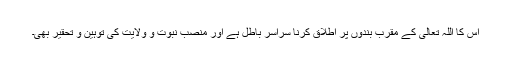
اس کا اللہ تعالیٰ کے مقرب بندوں پر اطلاق کرنا سراسر باطل ہے اور منصبِ نبوت و ولایت کی توہین و تحقیر بھی۔